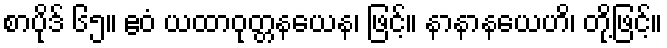
စာပိုဒ် ၆၅။ ဧဝံ ယထာဝုတ္တနယေန၊ ဖြင့်။ နာနာနယေဟိ၊ တို့ဖြင့်။